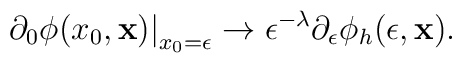
\left.\partial_0 \phi(x_0,{\bf x})\right|_{x_0=\epsilon}   \to \epsilon^{-\lambda} \partial_\epsilon \phi_h(\epsilon,{\bf x}).